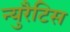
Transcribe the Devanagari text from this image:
न्युरैटिस